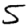
Digit: 5